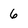
Character: 6